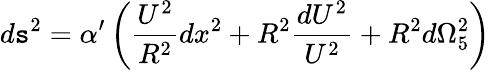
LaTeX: d\mathtt{s}^{2}={\alpha}^{\prime}\left({\frac{{U^{2}}}{{R^{2}}}}dx^{2}+R^{2}{\frac{{dU^{2}}}{{U^{2}}}}+R^{2}d{\Omega}_{5}^{2}\right)